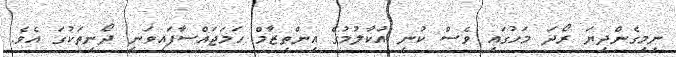
ނިމިގެންދިޔަ ރޯދަ މަހުގައި ވެސް ކުނި އުކާލުމުގެ އިންތިޒާމް ހަމަޖައްސާފައިވަނީ ދޯނިތަކުގަ އެވެ.